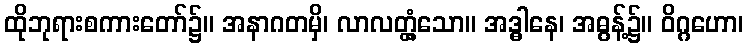
ထိုဘုရားစကားတော်၌။ အနာဂတမှိ၊ လာလတ္တံ့သော။ အဒ္ဓါနေ၊ အဓွန့်၌။ ဝိဂ္ဂဟော၊